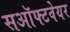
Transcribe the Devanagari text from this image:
सऑफ्टवेयर